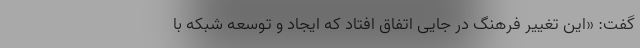
گفت: «این تغییر فرهنگ در جایی اتفاق افتاد که ایجاد و توسعه شبکه با